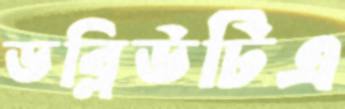
ডব্লিউটিএ